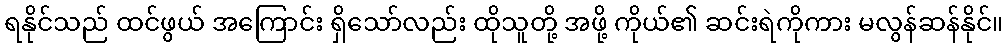
ရနိုင်သည် ထင်ဖွယ် အကြောင်း ရှိသော်လည်း ထိုသူတို့ အဖို့ ကိုယ်၏ ဆင်းရဲကိုကား မလွန်ဆန်နိုင်။